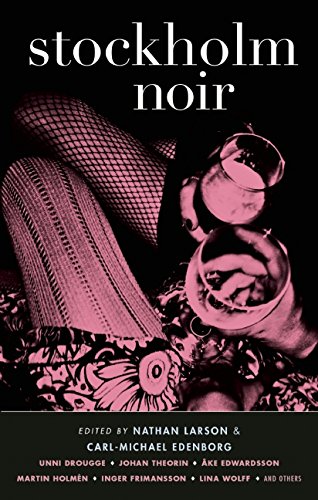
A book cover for Stockholm Noir (Akashic Noir); Travel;